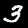
Digit: 3